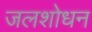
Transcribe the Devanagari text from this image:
जलशोधन